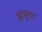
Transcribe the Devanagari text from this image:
ज़रथुस्त्रा